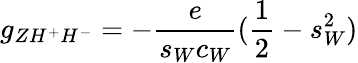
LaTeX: g_{ZH^{+}H^{-}}=-\frac{e}{s_{W}c_{W}}(\frac{1}{2}-s_{W}^{2})